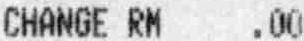
CHANGE RM